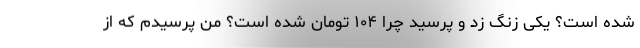
شده است؟ یکی زنگ زد و پرسید چرا ۱۰۴ تومان شده است؟ من پرسیدم که از